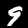
Label: 9